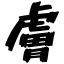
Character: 膚